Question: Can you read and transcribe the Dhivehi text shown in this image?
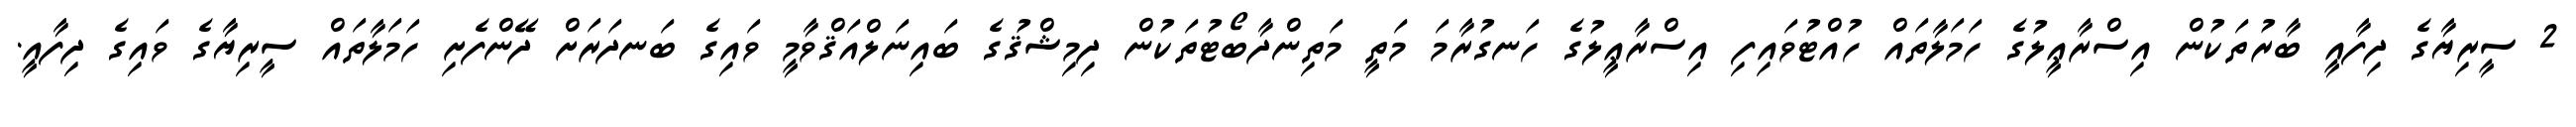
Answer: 2 ސީރިޔާގެ ދިފާއީ ބާރުތަކުން އިސްރާޢީލުގެ ހަމަލާތައް ހުއްޓުވައިފި އިސްރާޢީލުގެ ހަނގުރާމަ މަތީ މަތިންދާބޯޓުތަކުން ދިމިޝްޤުގެ ބައިނަލްއަޤްވާމީ ވައިގެ ބަނދަރަށް ދޭންފެށި ހަމަލާތައް ސީރިޔާގެ ވައިގެ ދިފާއީ.